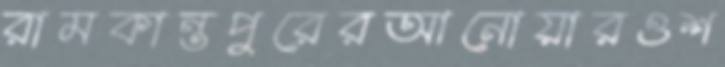
রামকান্তপুরেরআনোয়ারওশ